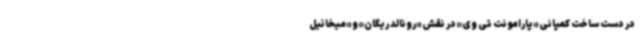
در دست ساخت کمپانی «پارامونت تی وی» در نقش «رونالد ریگان» و «میخائیل